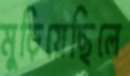
মুড়িয়েছিলে